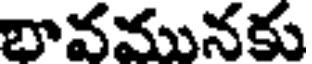
భావమునకు